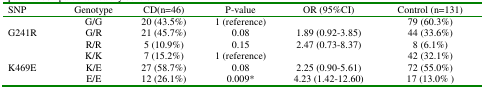
<table><thead><tr><td><b>SNP</b></td><td><b>Genotype</b></td><td><b>CD(n=46)</b></td><td><b>P-value</b></td><td><b>OR (95%CI)</b></td><td><b>Control (n=131)</b></td></tr></thead><tbody><tr><td></td><td>G/G</td><td>20 (43.5%)</td><td>1 (reference)</td><td></td><td>79 (60.3%)</td></tr><tr><td>G241R</td><td>G/R</td><td>21 (45.7%)</td><td>0.08</td><td>1.89 (0.92-3.85)</td><td>44 (33.6%)</td></tr><tr><td></td><td>R/R</td><td>5 (10.9%)</td><td>0.15</td><td>2.47 (0.73-8.37)</td><td>8 (6.1%)</td></tr><tr><td></td><td>K/K</td><td>7 (15.2%)</td><td>1 (reference)</td><td></td><td>42 (32.1%)</td></tr><tr><td>K469E</td><td>K/E</td><td>27 (58.7%)</td><td>0.08</td><td>2.25 (0.90-5.61)</td><td>72 (55.0%)</td></tr><tr><td></td><td>E/E</td><td>12 (26.1%)</td><td>0.009*</td><td>4.23 (1.42-12.60)</td><td>17 (13.0% )</td></tr></tbody></table>